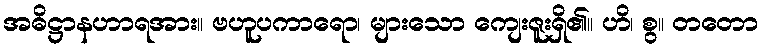
အဓိဋ္ဌာနဟာရအား။ ဗဟူပကာရော၊ များသော ကျေးဇူးရှိ၏။ ဟိ၊ စွ။ တတော